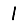
Digit: 1